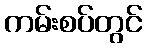
ကမ်းစပ်တွင်